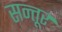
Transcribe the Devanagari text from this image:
सन्तूर